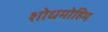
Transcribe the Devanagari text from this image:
शोधमोहिम